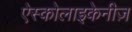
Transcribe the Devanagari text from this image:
ऐस्कोलाइकेनीज़